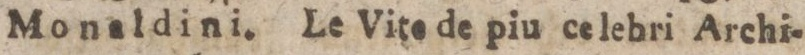
Monaldini. Le Vite de piu celebri Archi-